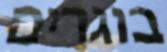
בוגרים